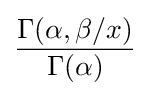
{\frac {\Gamma (\alpha ,\beta /x)}{\Gamma (\alpha )}}\!